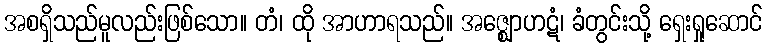
အစရှိသည်မူလည်းဖြစ်သော။ တံ၊ ထို အာဟာရသည်။ အဇ္ဈောဟဋံ၊ ခံတွင်းသို့ ရှေးရှုဆောင်